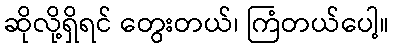
ဆိုလို့ရှိရင် တွေးတယ်၊ ကြံတယ်ပေါ့။